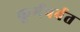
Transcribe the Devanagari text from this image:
कूर्मपर्वत